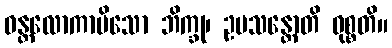
ဝန္တလောကာမိသော ဘိက္ခု၊ ဥပသန္တောတိ ဝုစ္စတိ။